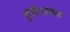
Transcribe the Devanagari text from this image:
हुसैनागंज